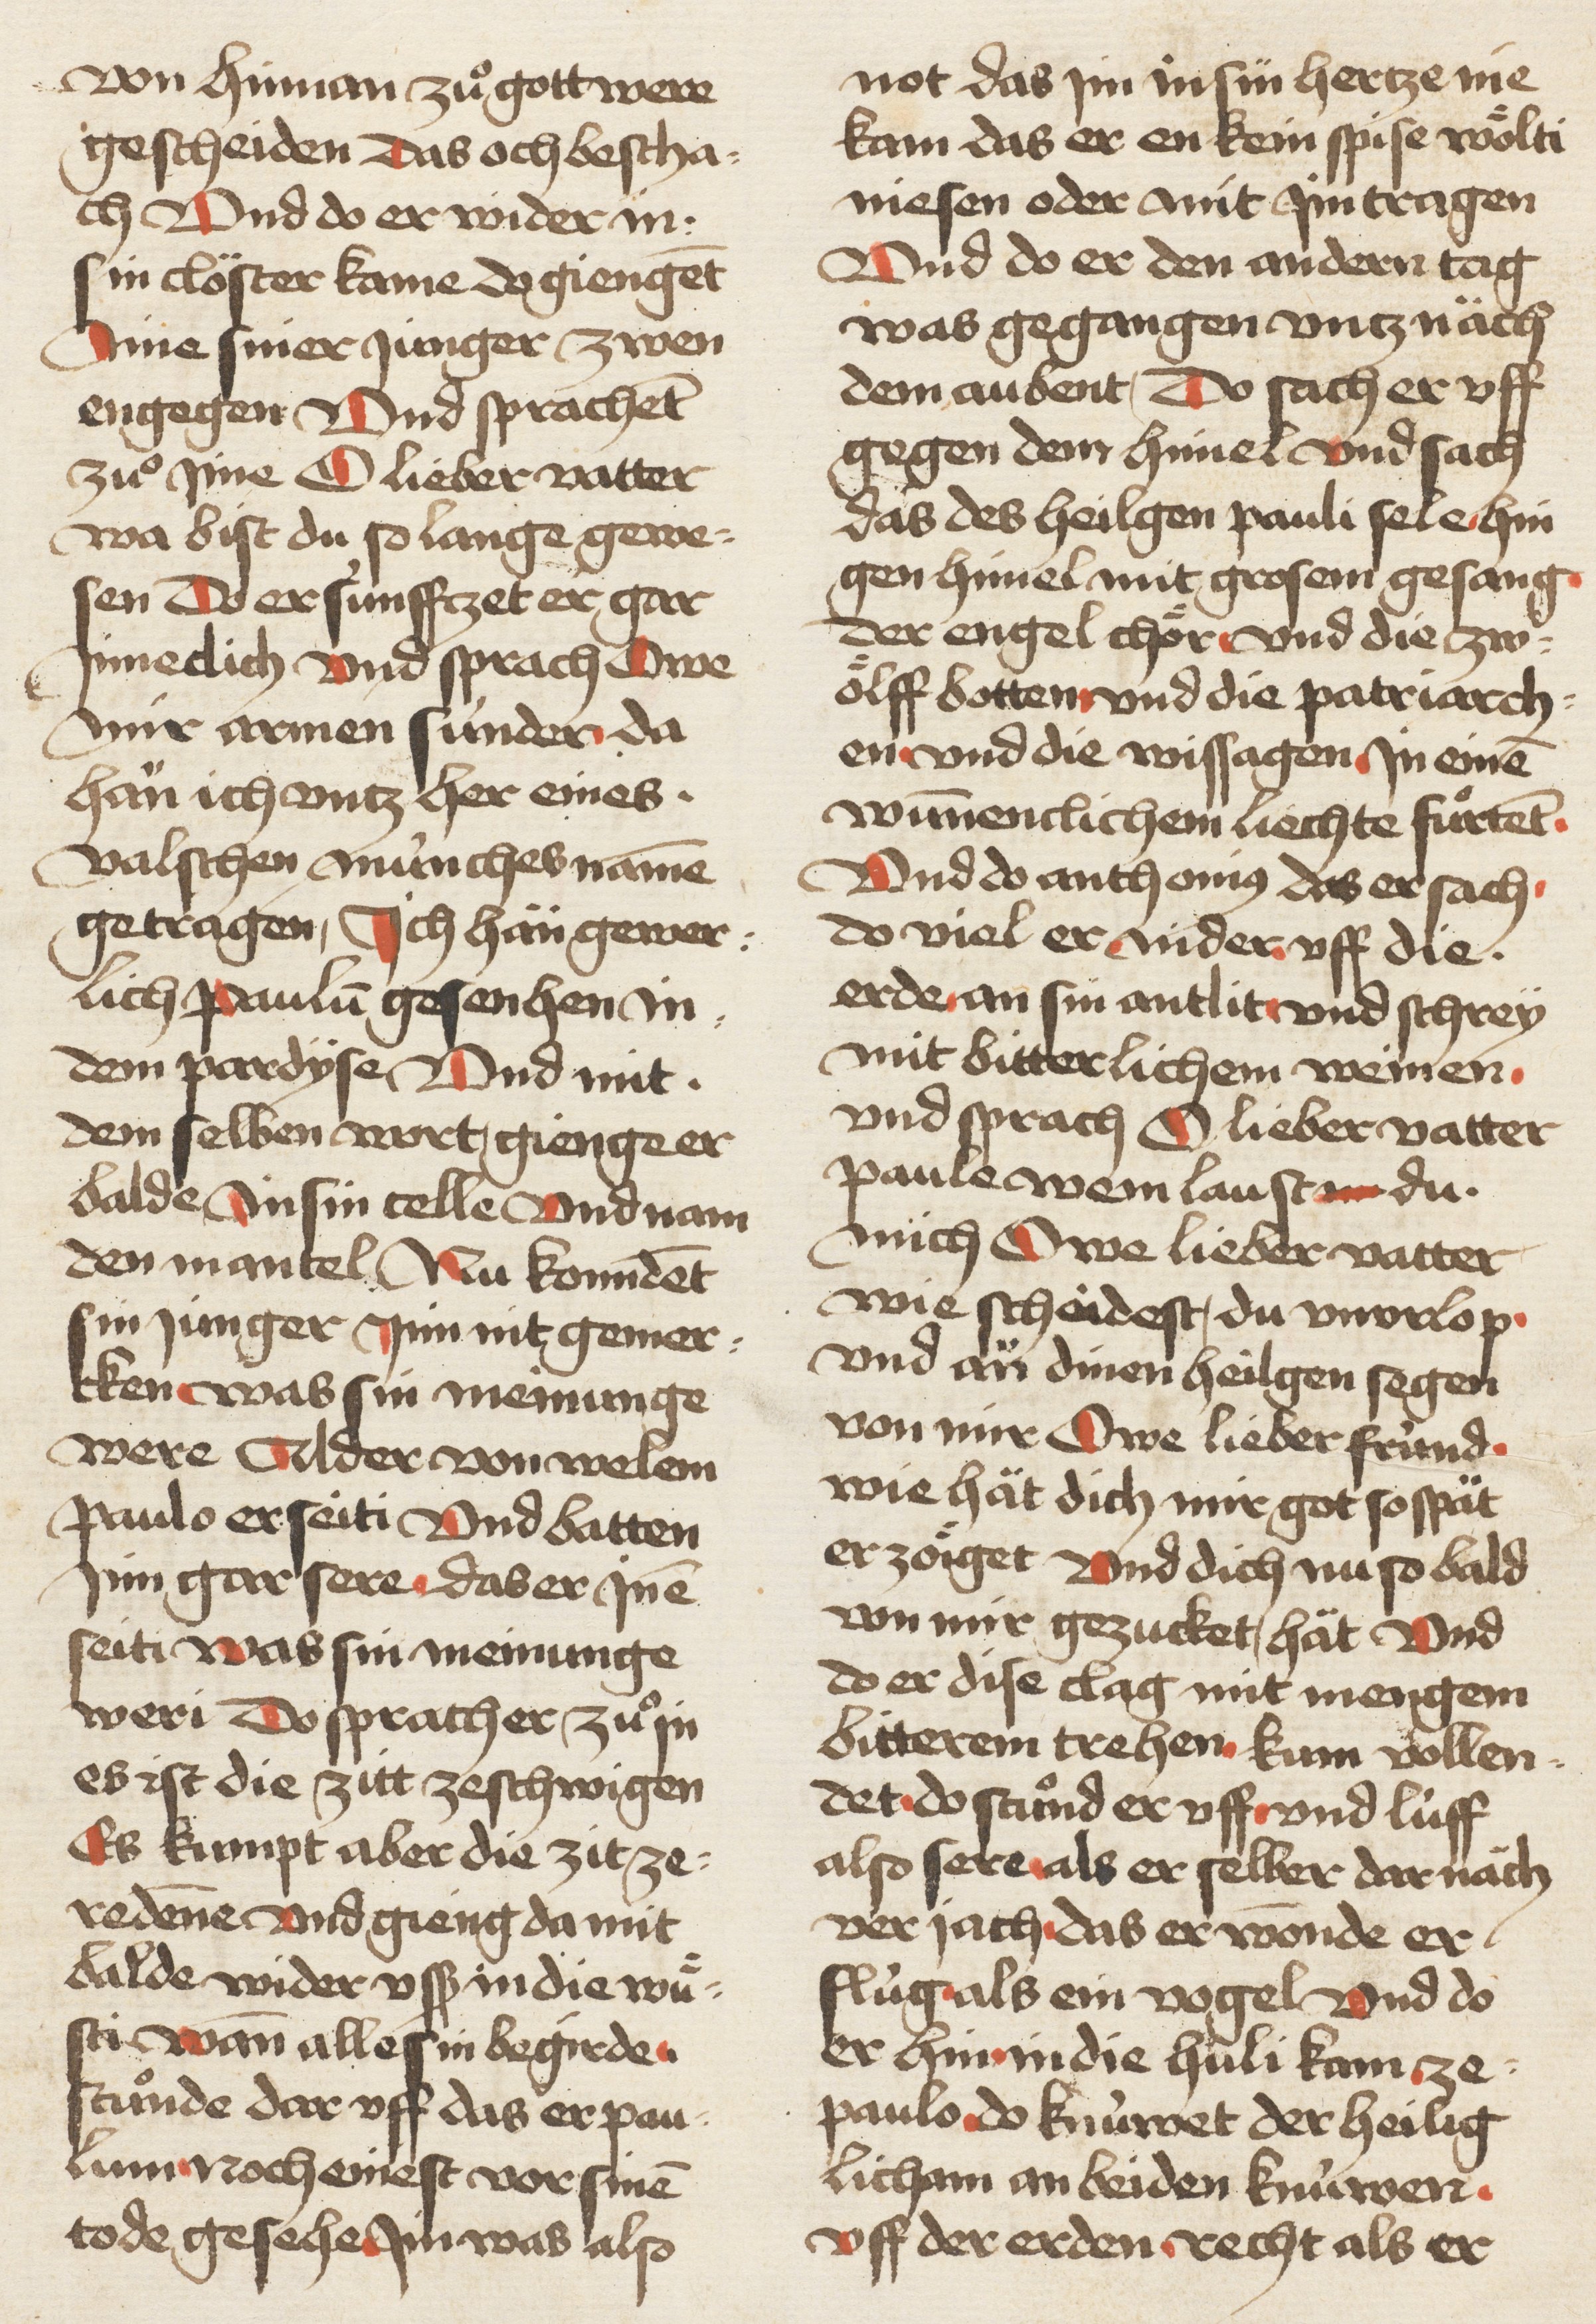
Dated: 1460–1470